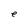
Character: e